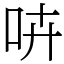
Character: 𠱥